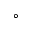
^ { \circ }